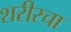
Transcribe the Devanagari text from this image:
शरीरचा